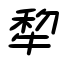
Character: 犂